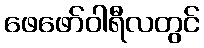
ဖေဖော်ဝါရီလတွင်